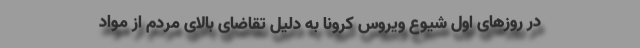
در روزهای اول شیوع ویروس کرونا به دلیل تقاضای بالای مردم از مواد